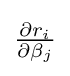
{\textstyle {\frac {\partial r_{i}}{\partial \beta _{j}}}}